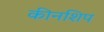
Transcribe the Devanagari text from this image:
कीनशिप